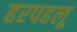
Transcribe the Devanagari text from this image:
हरपहलू